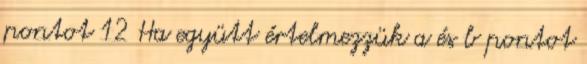
pontot 12 Ha együtt értelmezzük a és b pontot